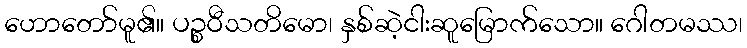
ဟောတော်မူ၏။ ပဉ္စဝီသတိမော၊ နှစ်ဆဲ့ငါးဆူမြောက်သော။ ဂေါတမဿ၊